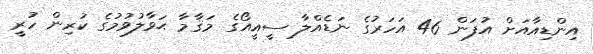
އިންޑިއާއަށް އުފަން 46 އަހަރުގެ ނަޑެއްލާ ސީއީއޯގެ މަޤާމާ ޙަވާލުވުމުގެ ކުރިން ހުރީ